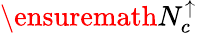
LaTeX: \ensuremath{N_{c}^{\uparrow}}